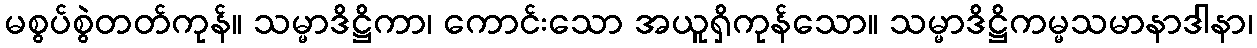
မစွပ်စွဲတတ်ကုန်။ သမ္မာဒိဋ္ဌိကာ၊ ကောင်းသော အယူရှိကုန်သော။ သမ္မာဒိဋ္ဌိကမ္မသမာနာဒါနာ၊